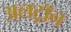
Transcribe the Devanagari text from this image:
अलट्राॅन